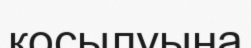
косылуына